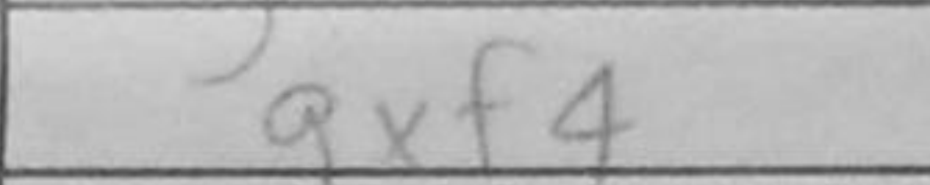
Transcription: gxf4